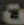
0